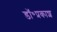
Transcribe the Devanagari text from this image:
डॉ॰प्रकाश